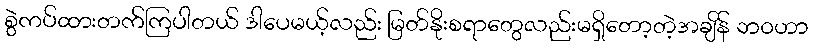
စွဲကပ်ထားတက်ကြပါတယ် ဒါပေမယ့်လည်း မြတ်နိုးစရာတွေလည်းမရှိတော့တဲ့အချိန် ဘ၀ဟာ